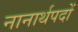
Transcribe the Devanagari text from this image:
नानार्थपदों